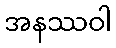
အနဿဝါ